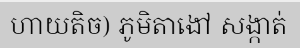
ហាយតិច) ភូមិតាងៅ សង្កាត់